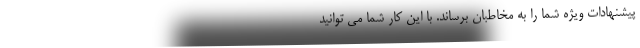
پیشنهادات ویژه شما را به مخاطبان برساند. با این کار شما می توانید